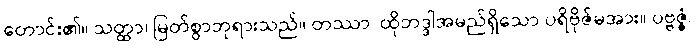
တောင်း၏။ သတ္ထာ၊ မြတ်စွာဘုရားသည်။ တဿာ၊ ထိုဘဒ္ဒါအမည်ရှိသော ပရိဗိုဇ်မအား။ ပဗ္ဗဇ္ဇံ၊